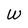
Character: W